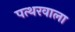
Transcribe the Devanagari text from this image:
पत्थरवाला